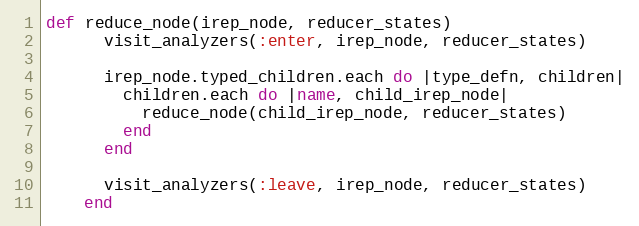
Language: Ruby
def reduce_node(irep_node, reducer_states)
      visit_analyzers(:enter, irep_node, reducer_states)

      irep_node.typed_children.each do |type_defn, children|
        children.each do |name, child_irep_node|
          reduce_node(child_irep_node, reducer_states)
        end
      end

      visit_analyzers(:leave, irep_node, reducer_states)
    end